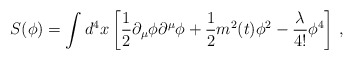
\begin{align*}S(\phi)=\int d^4x\left[\frac{1}{2}\partial_\mu\phi\partial^\mu\phi +\frac{1}{2}m^2(t)\phi^2 -\frac{\lambda}{4!}\phi^4\right]\,,\end{align*}